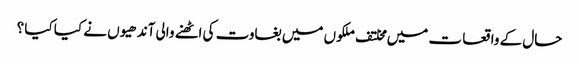
حال کے واقعا ت میں مخلتف ملکوں میں بغاوت کی اٹھنے والی آندھیوں نے کیا کیا ؟